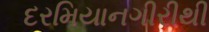
દરમિયાનગીરીથી